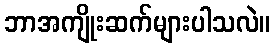
ဘာအကျိုးဆက်များပါသလဲ။